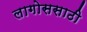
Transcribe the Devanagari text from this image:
लागोससाठी